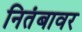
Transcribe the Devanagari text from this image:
नितंबावर